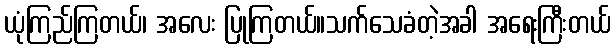
ယုံကြည်ကြတယ်၊ အလေး ပြုကြတယ်။သက်သေခံတဲ့အခါ အရေးကြီးတယ်